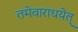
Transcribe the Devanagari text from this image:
तमेवाराधयेत्